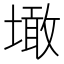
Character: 𡑒